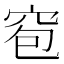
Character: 窇